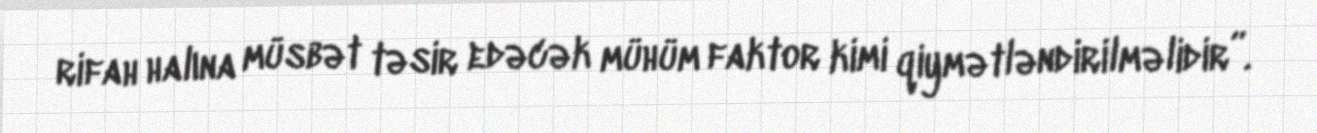
rifah halına müsbət təsir edəcək mühüm faktor kimi qiymətləndirilməlidir”.